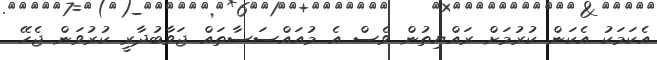
އެކަމަކު އެކަން ކުރުމަށް ރައްޔިތުން ވެސް އެ މުއައްސަސާތައް ޖަވާބުދާރީ ކުރުވަން ޖެހޭ